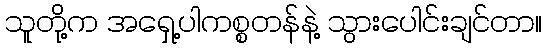
သူတို့က အရှေ့ပါကစ္စတန်နဲ့ သွားပေါင်းချင်တာ။